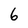
Character: 6